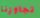
تجاوزنا